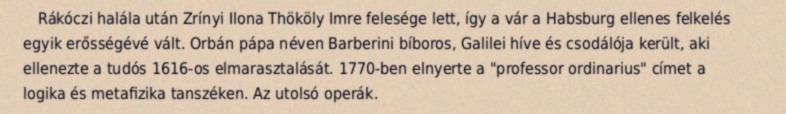
Rákóczi halála után Zrínyi Ilona Thököly Imre felesége lett, így a vár a Habsburg ellenes felkelés egyik erősségévé vált. Orbán pápa néven Barberini bíboros, Galilei híve és csodálója került, aki ellenezte a tudós 1616-os elmarasztalását. 1770-ben elnyerte a "professor ordinarius" címet a logika és metafizika tanszéken. Az utolsó operák.